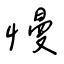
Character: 慢